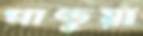
পাণ্ডুয়া